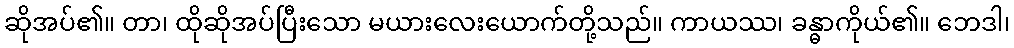
ဆိုအပ်၏။ တာ၊ ထိုဆိုအပ်ပြီးသော မယားလေးယောက်တို့သည်။ ကာယဿ၊ ခန္ဓာကိုယ်၏။ ဘေဒါ၊